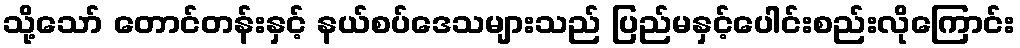
သို့သော် တောင်တန်းနှင့် နယ်စပ်ဒေသများသည် ပြည်မနှင့်ပေါင်းစည်းလိုကြောင်း